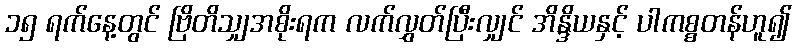
၁၅ ရက်နေ့တွင် ဗြိတိသျှအစိုးရက လက်လွှတ်ပြီးလျှင် အိန္ဒိယနှင့် ပါကစ္စတန်ဟူ၍